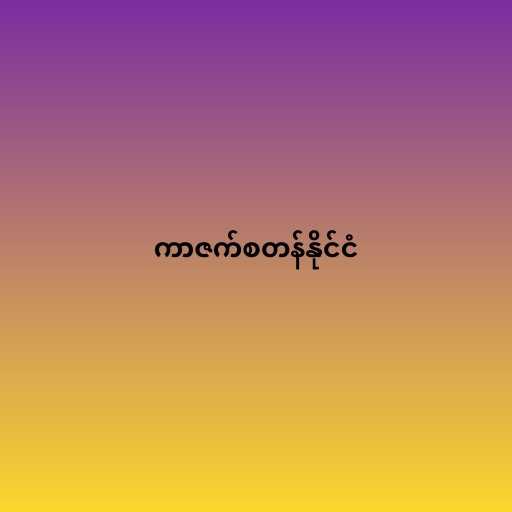
ကာဇက်စတန်နိုင်ငံ